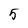
Character: 5